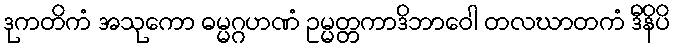
ဒုကတိကံ အသုကော ဓမ္မဂ္ဂဟဏံ ဥမ္မတ္တကာဒိဘာဝေါ တလဃာတကံ ဒီနိပိ